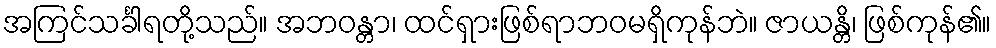
အကြင်သင်္ခါရတို့သည်။ အဘဝန္တာ၊ ထင်ရှားဖြစ်ရာဘဝမရှိကုန်ဘဲ။ ဇာယန္တိ၊ ဖြစ်ကုန်၏။